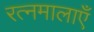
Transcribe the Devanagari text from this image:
रत्नमालाएँ